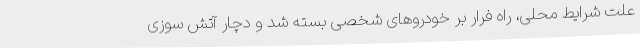
علت شرایط محلی، راه فرار بر خودروهای شخصی بسته شد و دچار آتش سوزی